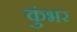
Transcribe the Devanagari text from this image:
कुंभर